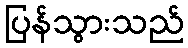
ပြန်သွားသည်